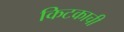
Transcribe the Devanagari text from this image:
किटकाची